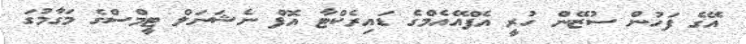
އޭގެ ފަހުން ސުޒޭން ހުރީ އެފްއޭއެމްގެ ޑައިރެކްޓާ އޮފް ނެޝަނަލް ޓީމްސްގެ މަގާމުގަ